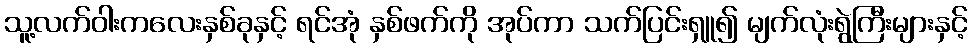
သူ့လက်ဝါးကလေးနှစ်ခုနှင့် ရင်အုံ နှစ်ဖက်ကို အုပ်ကာ သက်ပြင်းရှူ၍ မျက်လုံးရွဲကြီးများနှင့်